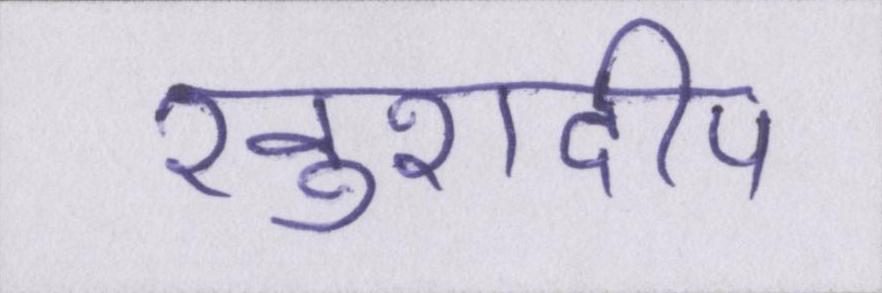
खुशदीप